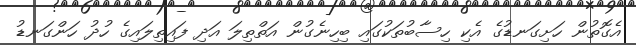
އެގޮތުން ހަށިގަނޑުގެ އެކި ހިސާބުތަކުގައި ބިހިނެގުން އަތްތިލަ އަދި ފައިތިލައިގެ ހުދު ހަންގަނޑު